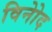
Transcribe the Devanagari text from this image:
विनोेद